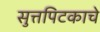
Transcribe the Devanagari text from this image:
सुत्तपिटकाचे